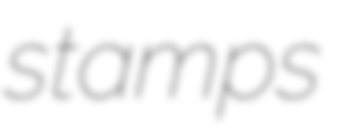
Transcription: stamps